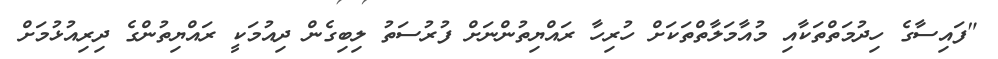
"ފައިސާގެ ހިދުމަތްތަކާއި މުއާމަލާތްތަކަށް ހުރިހާ ރައްޔިތުންނަށް ފުރުސަތު ލިބިގެން ދިއުމަކީ ރައްޔިތުންގެ ދިރިއުޅުމަށް